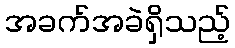
အခက်အခဲရှိသည့်